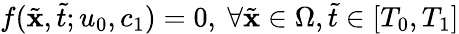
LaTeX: f(\tilde{\textbf{x}},\tilde{t};u_{0},c_{1})=0,\ \forall\tilde{\textbf{x}}\in\Omega,\tilde{t}\in[T_{0},T_{1}]